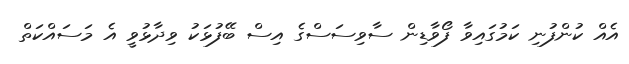
އެއް ކުންފުނި ކަމުގައިވާ ފޯވާޑިން ސާވިސަސްގެ އިސް ބޭފުޅަކު ވިދާޅުވީ އެ މަސައްކަތް